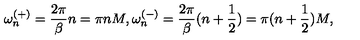
\omega _ { n } ^ { ( + ) } = \frac { 2 \pi } { \beta } n = \pi n M , \omega _ { n } ^ { ( - ) } = \frac { 2 \pi } { \beta } ( n + \frac { 1 } { 2 } ) = \pi ( n + \frac { 1 } { 2 } ) M ,